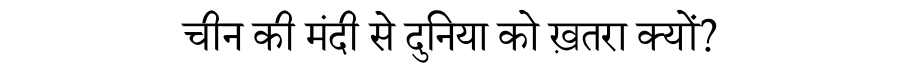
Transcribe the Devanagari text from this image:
चीन की मंदी से दुनिया को ख़तरा क्यों?